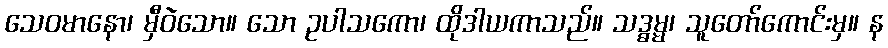
သေဝမာနော၊ မှီဝဲသော။ သော ဥပါသကော၊ ထိုဒါယကာသည်။ သဒ္ဓမ္မ၊ သူတော်ကောင်းမှ။ န